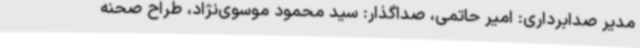
مدیر صدابرداری: امیر حاتمی، صداگذار: سید محمود موسوی‌نژاد، طراح صحنه